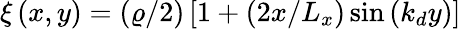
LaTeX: \xi\left(x,y\right)=\left(\varrho/2\right)\left[1+\left(2x/L_{x}\right)\sin\left(k_{d}y\right)\right]